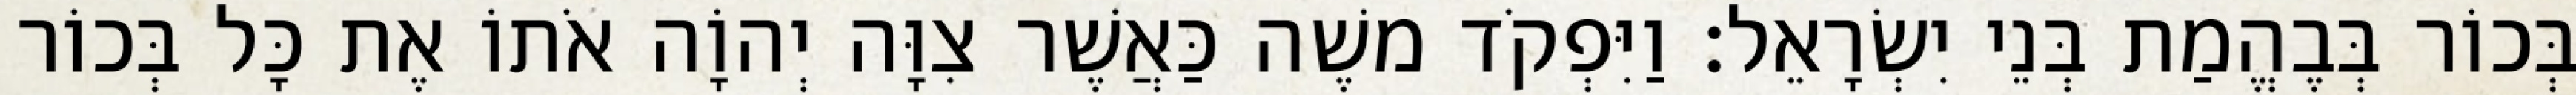
בְּכוֹר בְּבֶהֱמַת בְּנֵי יִשְׂרָאֵל׃ וַיִּפְקֹד משֶׁה כַּאֲשֶׁר צִוָּה יְהוָֹה אֹתוֹ אֶת כָּל בְּכוֹר